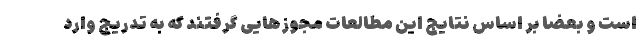
است و بعضا بر اساس نتایج این مطالعات مجوزهایی گرفتند که به تدریج وارد